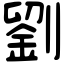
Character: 劉